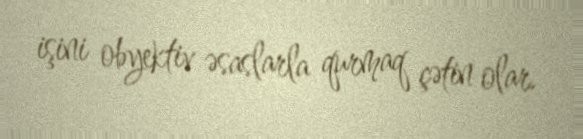
işini obyektiv əsaslarla qurmaq çətin olar.